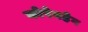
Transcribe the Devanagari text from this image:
कोपेनहेग